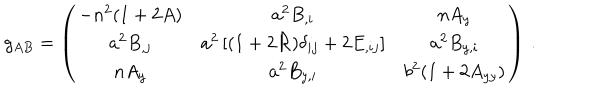
g _ { A B } = \left( \begin{array} { c c c } { { - n ^ { 2 } ( 1 + 2 A ) } } & { { a ^ { 2 } B _ { , i } } } & { { n A _ { y } \nonumber } } \\ { { a ^ { 2 } B _ { , j } } } & { { a ^ { 2 } \left[ ( 1 + 2 { \cal { R } } ) \delta _ { i j } + 2 E _ { , i j } \right] } } & { { a ^ { 2 } B _ { y , i } \nonumber } } \\ { { n A _ { y } } } & { { a ^ { 2 } B _ { y , i } } } & { { b ^ { 2 } ( 1 + 2 A _ { y y } ) \nonumber } } \\ \end{array} \right) \, .